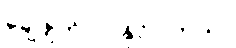
ချေဖျက်လာနိုင်ပါတယ်။